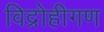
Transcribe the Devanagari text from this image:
विद्रोहीगण